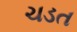
ચડત